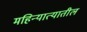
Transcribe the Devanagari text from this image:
महिन्यात्यातील